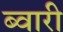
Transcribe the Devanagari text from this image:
ब्वारी